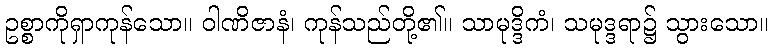
ဥစ္စာကိုရှာကုန်သော။ ဝါဏိဇာနံ၊ ကုန်သည်တို့၏။ သာမုဒ္ဒိကံ၊ သမုဒ္ဒရာ၌ သွားသော။